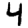
Digit: 4